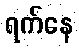
ရက်နေ